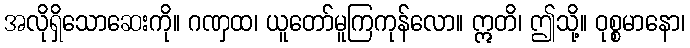
အလိုရှိသောဆေးကို။ ဂဏှထ၊ ယူတော်မူကြကုန်လော။ ဣတိ၊ ဤသို့။ ဝုစ္စမာနော၊